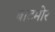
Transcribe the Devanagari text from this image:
बाटमोर